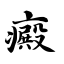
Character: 癜